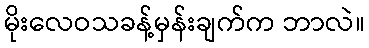
မိုးလေဝသခန့်မှန်းချက်က ဘာလဲ။